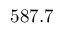
5 8 7 . 7